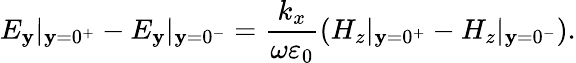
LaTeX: E_{\mathbf{y}}|_{\mathbf{y}=0^{+}}-E_{\mathbf{y}}|_{\mathbf{y}=0^{-}}=\frac{{k_{x}}}{{\omega\varepsilon_{0}}}\left(H_{z}|_{\mathbf{y}=0^{+}}-H_{z}|_{\mathbf{y}=0^{-}}\right).